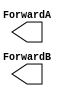
module tb_ForwardingUnit(
    output [1:0] ForwardA,
    output [1:0] ForwardB
);

    reg EX_MEM_RegWrite;
    reg  [4:0] EX_MEM_RegisterRd;
    reg  [4:0] ID_EX_RegisterRs;
    reg  [4:0] ID_EX_RegisterRt;
    wire [1:0] ForwardA;
    wire [1:0] ForwardB;

    // Mem hazard
    reg MEM_WB_RegWrite;
    wire [4:0] MEM_WB_RegisterRd;




endmodule